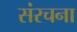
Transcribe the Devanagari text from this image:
संंरचना